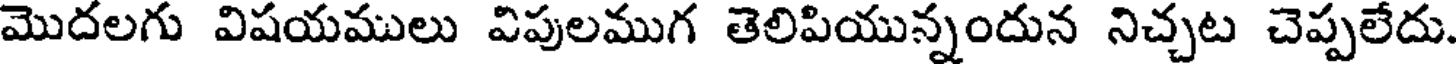
మొదలగు విషయములు విపులముగ తెలిపియున్నందున నిచ్చట చెప్పలేదు.